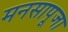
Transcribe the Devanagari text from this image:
मनसापूजा